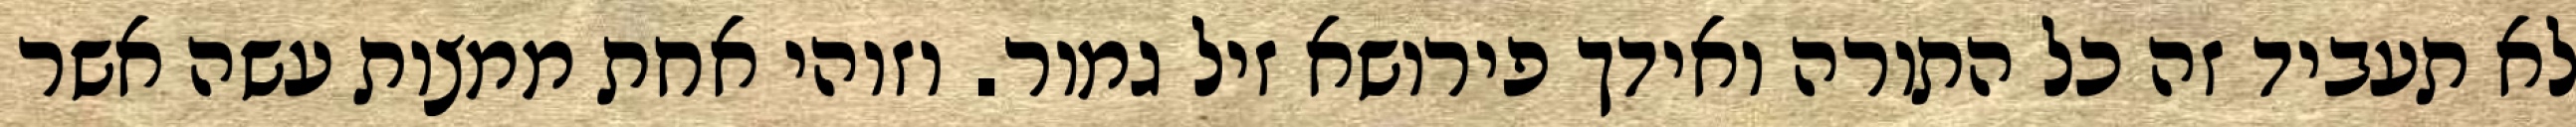
לא תעביד זה כל התורה ואידך פירושא זיל גמור. וזוהי אחת ממצות עשה אשר